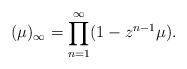
LaTeX: \begin{align*}(\mu)_\infty = \prod_{n=1}^\infty(1-z^{n-1}\mu).\end{align*}